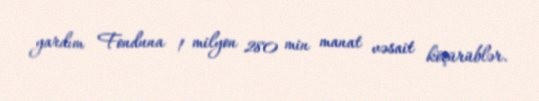
yardım Fonduna 1 milyon 280 min manat vəsait köçürüblər.